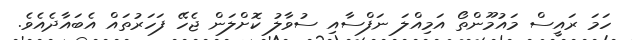
ހަމަ ރައީސް މައުމޫންތޯ އަމިއްލަ ނަފްސާއި ސުވާލު ކޮށްލަން ޖެހޭ ފަހަރުތައް އެބައާދެއެވެ.